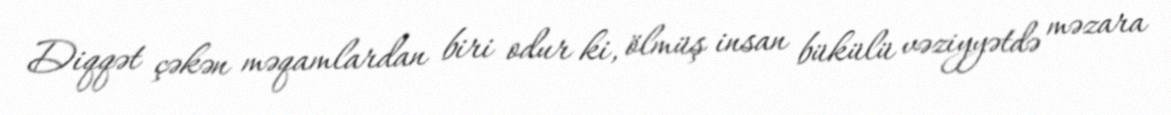
Diqqət çəkən məqamlardan biri odur ki, ölmüş insan bükülü vəziyyətdə məzara